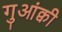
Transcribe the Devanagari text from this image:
गुआंक्वी